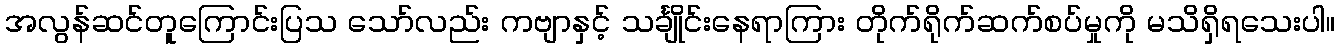
အလွန်ဆင်တူကြောင်းပြသ သော်လည်း ကဗျာနှင့် သင်္ချိုင်းနေရာကြား တိုက်ရိုက်ဆက်စပ်မှုကို မသိရှိရသေးပါ။